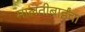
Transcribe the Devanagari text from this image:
मालतीबाईंचा